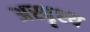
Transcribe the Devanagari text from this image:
अस्पॄश्य